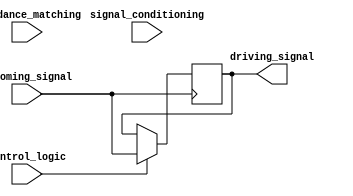
module IO_Block_TTL_Buffer (
    input wire incoming_signal,
    output wire driving_signal,
    input wire control_logic,
    input wire impedance_matching,
    input wire signal_conditioning
);

// Input buffer to amplify incoming signals
reg amplified_signal;
always @ (posedge incoming_signal) begin
    if (control_logic == 1'b1) begin
        amplified_signal <= incoming_signal;
    end
end

// Output buffer to drive signals
assign driving_signal = amplified_signal;

// Control logic for data flow direction
reg direction;
always @ (posedge control_logic) begin
    if (control_logic == 1'b1) begin
        direction <= 1'b1;
    end else begin
        direction <= 1'b0;
    end
end

// Voltage level management for TTL compatibility
always @ (posedge amplified_signal) begin
    if (impedance_matching == 1'b1 && signal_conditioning == 1'b1) begin
        // implement impedance matching and signal conditioning
    end
end

endmodule